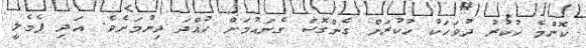
ކޮންމެ ހުކުރު ދުވަހަކު ހުކުރަށް ގެންގޮސް ގެނައުމަށް ހުއްދަ ދިނުމަށެވެ. އަދި ފެމެލީ